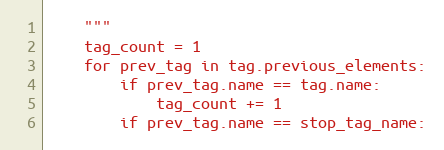
Language: Python
    """
    tag_count = 1
    for prev_tag in tag.previous_elements:
        if prev_tag.name == tag.name:
            tag_count += 1
        if prev_tag.name == stop_tag_name: